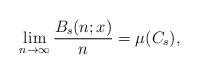
LaTeX: \begin{align*}\lim_{n\to \infty} \frac{B_s(n;x)}{n} = \mu(C_s),\end{align*}